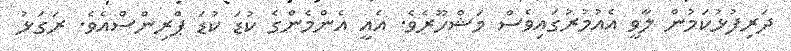
ދަރިފުޅުކަމުން ލާވީ އެއުމުރުގައިވެސް މަޝްހޫރެވެ. އެއީ އެންމެންގެ ކުޑަ ކުޑަ ޕްރިންސްއެވެ. ރަގަޅު